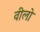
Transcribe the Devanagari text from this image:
वीलो